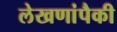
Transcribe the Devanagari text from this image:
लेखणांपैकी